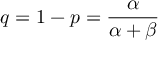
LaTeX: q = 1 - p = { \frac { \alpha } { \alpha + \beta } }